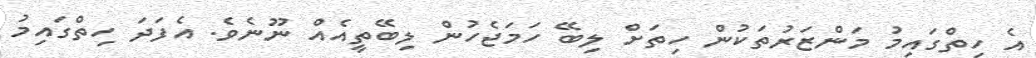
އެ ހިތްގައިމު މަންޒަރުތަކުން ހިތަށް ލިބޭ ހަމަޖެހުން ލިބޭތީއެއް ނޫނެވެ. އެފަދަ ހިތްގައިމު